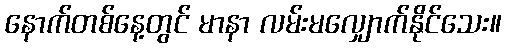
နောက်တစ်နေ့တွင် မာနာ လမ်းမလျှောက်နိုင်သေး။